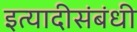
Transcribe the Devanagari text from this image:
इत्यादीसंबंधी